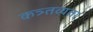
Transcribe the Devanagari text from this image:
कत्र्तव्यता